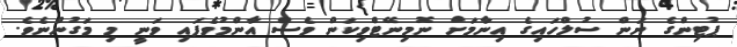
ޕުޓިންގެ ނަން ސުލްހައިގެ އިނާމަށް ނޮމިނޭޓްވިކަން ވެސް އާންމުވެފައި ވަނީ މި މަގުންނެވެ.